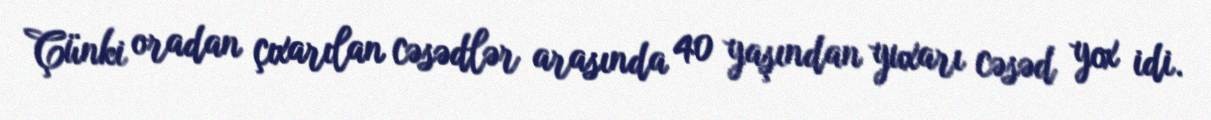
Çünki oradan çıxarılan cəsədlər arasında 40 yaşından yuxarı cəsəd yox idi.